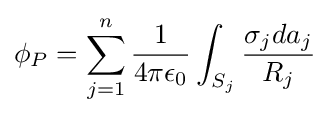
\phi _{P}=\sum _{j=1}^{n}{\frac {1}{4\pi \epsilon _{0}}}\int _{S_{j}}{\frac {\sigma _{j}da_{j}}{R_{j}}}